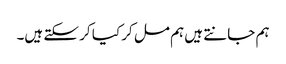
ہم جانتے ہیں ہم مل کر کیا کر سکتے ہیں۔